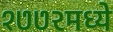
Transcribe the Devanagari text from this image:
१७७२मध्ये